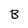
Character: B